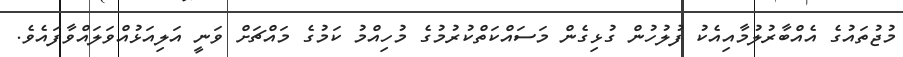
މުޖުތައުގެ އެއްބާރުލުމާއިއެކު ފުލުހުން ގުޅިގެން މަސައްކަތްކުރުމުގެ މުހިއްމު ކަމުގެ މައްޗަށް ވަނީ އަލިއަޅުއްވަލައްވާފައެވެ.